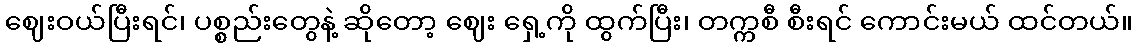
ဈေးဝယ်ပြီးရင်၊ ပစ္စည်းတွေနဲ့ ဆိုတော့ ဈေး ရှေ့ကို ထွက်ပြီး၊ တက္ကစီ စီးရင် ကောင်းမယ် ထင်တယ်။